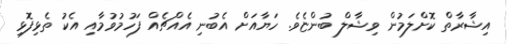
އިޝާރާތް ކޮށްލަމުން ވިޝާލް ބުންޏެވެ. ހަޔާއަށް އެބުނި އެއްޗެއް ފަހުމުވުމާއި އެކު ތެޅިފޮޅި